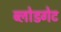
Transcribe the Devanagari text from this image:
ब्लोडगेट